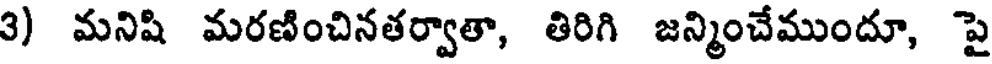
3) మనిషి మరణించినతర్వాతా, తిరిగి జన్మించేముందూ, పై